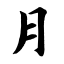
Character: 月